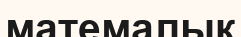
матемалық